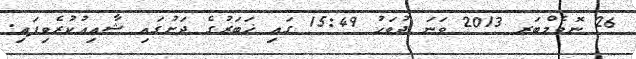
26 ނޮވެމްބަރ 2013 ވަނަ ދުވަހު 15:49 ގައި ޚަބަރުގެ ދަށުގައި ޝާއިޢުކުރެވިފައި.